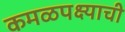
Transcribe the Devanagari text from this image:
कमळपक्ष्याची